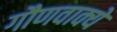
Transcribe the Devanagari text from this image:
गौणवाक्ये